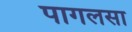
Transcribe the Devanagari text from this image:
पागलसा